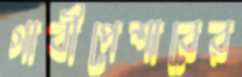
গাবীপেশাবের